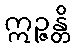
ဣဉ္ဇန္တိ